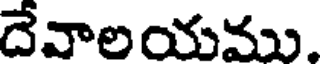
దేవాలయము.